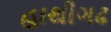
હાથીગઢ